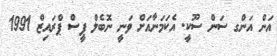
އަން އަންގ ސަން ސޫކީ. އެކަމަނާއަށް ވަނީ ނޮބެލް ޕީސް ޕްރައިޒް 1991